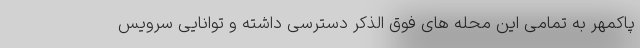
پاکمهر به تمامی این محله های فوق الذکر دسترسی داشته و توانایی سرویس